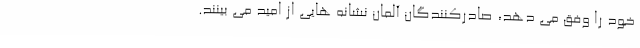
خود را وفق می دهد، صادرکنندگان آلمان نشانه هایی از امید می بینند.